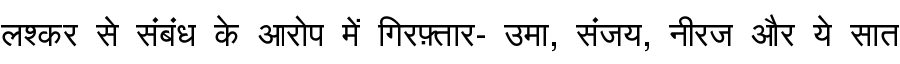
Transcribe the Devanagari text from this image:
लश्कर से संबंध के आरोप में गिरफ़्तार- उमा, संजय, नीरज और ये सात